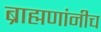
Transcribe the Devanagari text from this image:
ब्राह्मणांनीच